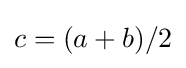
c=(a+b)/2